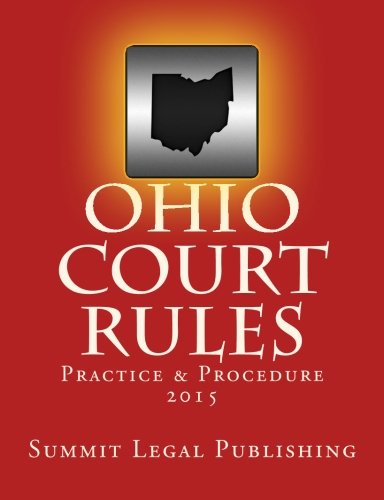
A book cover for Ohio Court Rules 2015, Practice & Procedure; Summit Legal Publishing; Law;